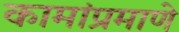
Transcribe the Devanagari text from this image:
कामांप्रमाणे